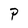
Character: P